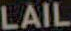
LAIL